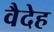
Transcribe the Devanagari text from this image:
वैदेह